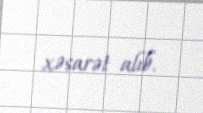
xəsarət alıb.